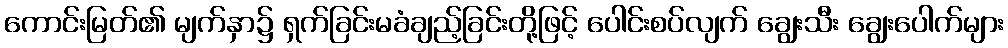
ကောင်းမြတ်၏ မျက်နှာ၌ ရှက်ခြင်းမခံချည့်ခြင်းတို့ဖြင့် ပေါင်းစပ်လျက် ချွေးသီး ချွေးပေါက်များ